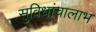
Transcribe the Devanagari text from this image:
सुविधांचालाभ